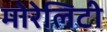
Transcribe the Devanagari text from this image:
मोरेलिटी